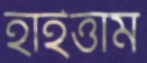
হাইত্তাম